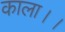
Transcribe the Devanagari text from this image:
काला।।